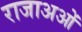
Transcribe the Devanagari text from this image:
राजाअओं